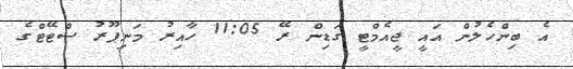
އެ ބިންހެލުން އައީ ޖީއެމްޓީ ގަޑިން ރޭ 11:05 ހާއިރު މަނިޕޫރު ސްޓޭޓްގެ